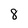
Character: 8